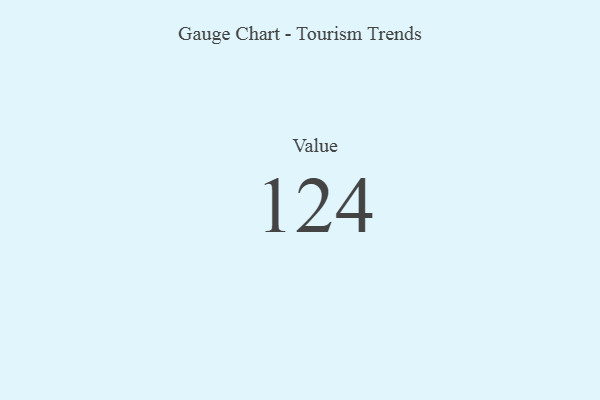
{"axis": {"x": "Metric", "y": "Value"}, "legend": [""], "data": [{"x": "Value", "y": 124, "type": ""}]}